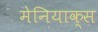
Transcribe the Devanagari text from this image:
मेनियाक्स